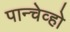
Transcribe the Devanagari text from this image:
पान्चेव्हो